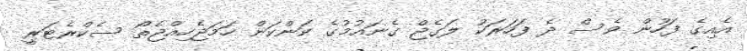
އެއިގެ ފަހުން ވެސް ދެ ފަހަރަކު ލަގެޖް ގެނައުމުގެ ކަންކަން ހަމަޖެހިއްޖެތޯ ސެކްރެޓަރީ